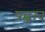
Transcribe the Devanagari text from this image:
पह्नाव